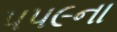
૫૫૯ના